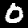
Label: 0